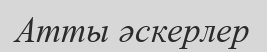
Атты әскерлер